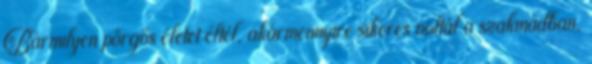
Bármilyen pörgős életet éltél, akármennyire sikeres voltál a szakmádban,